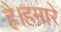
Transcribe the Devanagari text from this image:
है।हमारे